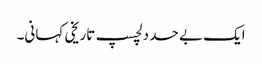
ایک بے حد دلچسپ تاریخی کہانی۔